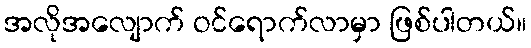
အလိုအလျောက် ဝင်ရောက်လာမှာ ဖြစ်ပါတယ်။